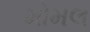
મોમલ